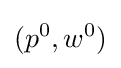
(p^{0},w^{0})